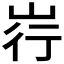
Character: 𪨳